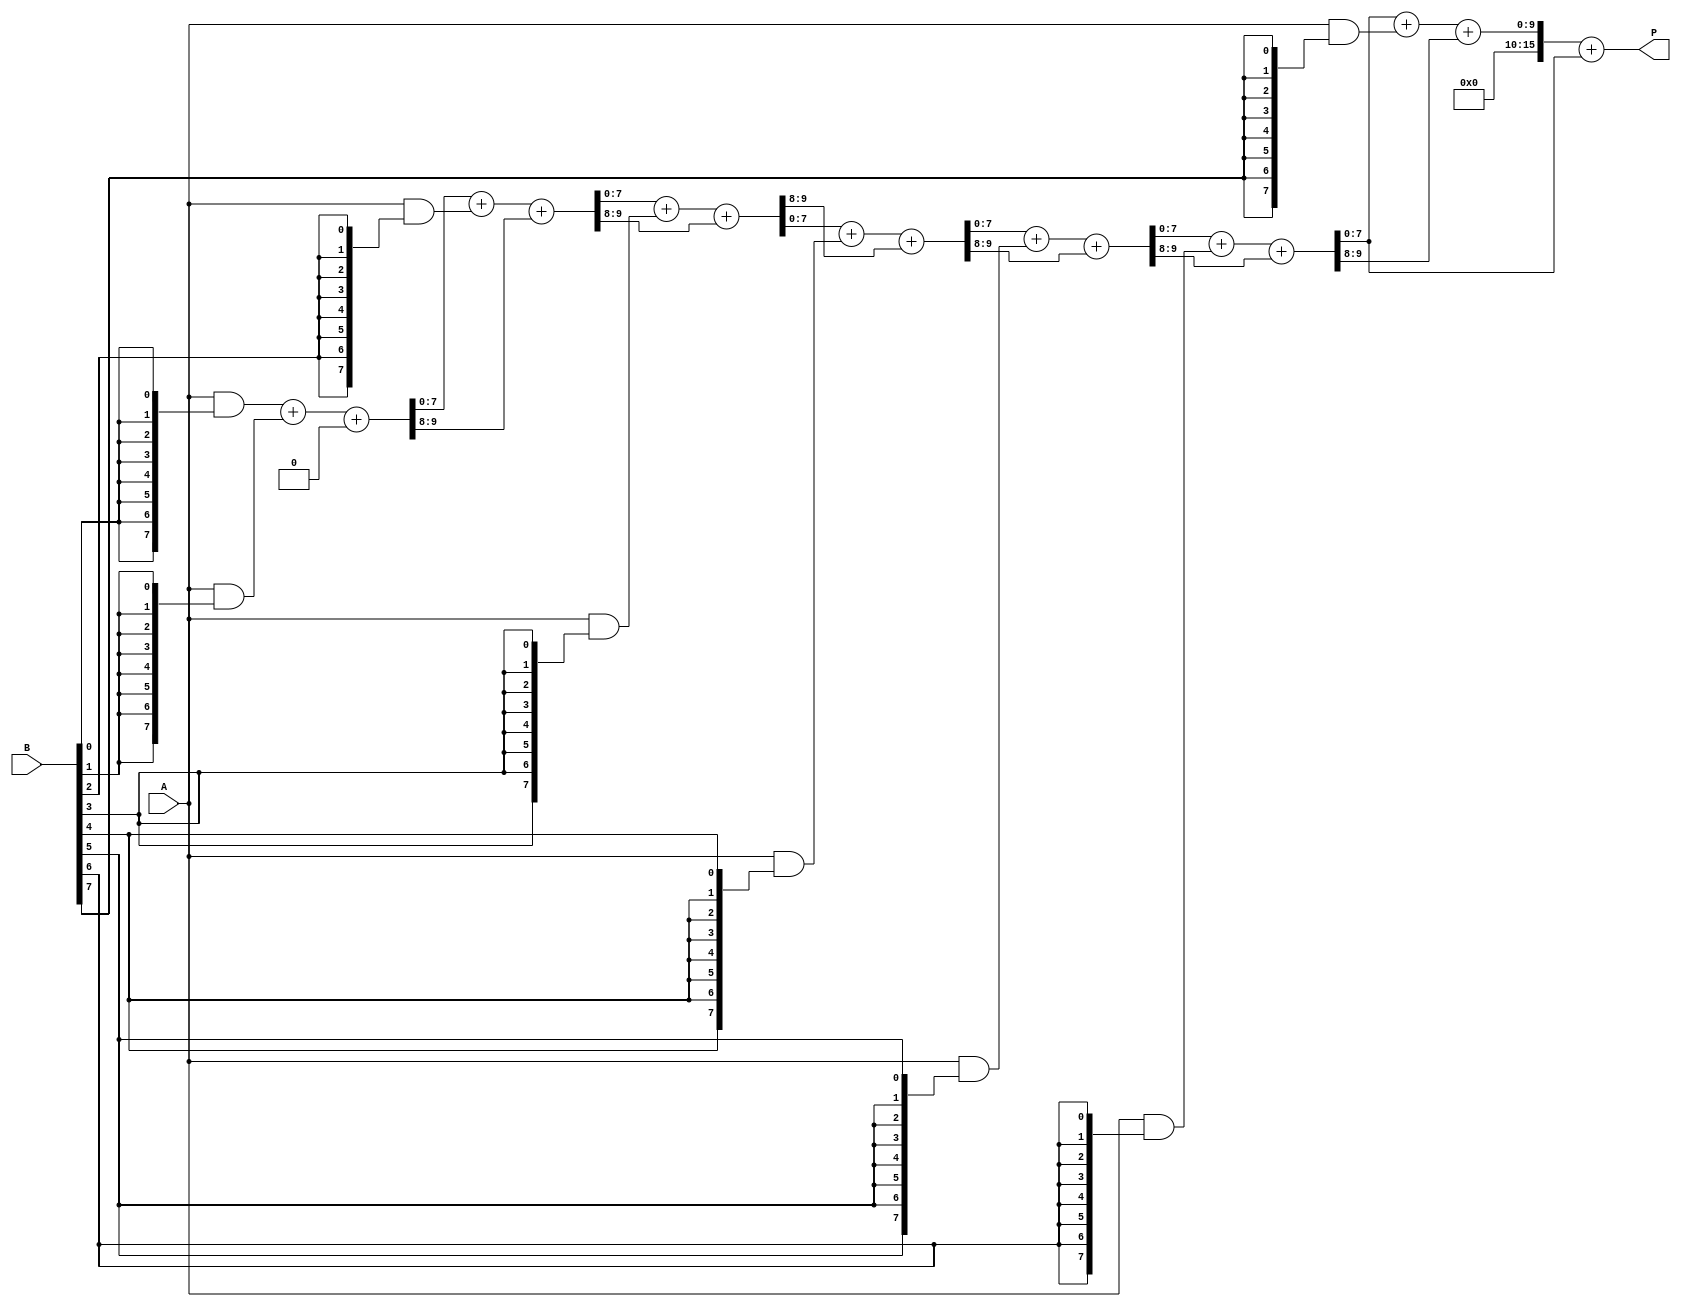
module AdaptiveWallaceTreeMultiplier #(parameter N = 8) (
    input [N-1:0] A,  // First operand
    input [N-1:0] B,  // Second operand
    output reg [2*N-1:0] P  // Product output
);

    // Partial product generation
    wire [N-1:0] pp [0:N-1];  // Partial products
    genvar i, j;
    generate
        for (i = 0; i < N; i = i + 1) begin : gen_partial_products
            assign pp[i] = A & {N{B[i]}};  // ANDing A with each bit of B
        end
    endgenerate

    // Reduction stage using Wallace Tree
    wire [N-1:0] sum [0:N-1];  // Sums of rows
    wire [N-1:0] carry [0:N-1];  // Carries from adders
    wire [N-1:0] final_sum, final_carry;

    // Initial assignment of partial products to first layer
    assign sum[0] = pp[0];
    assign carry[0] = 0;

    // Wallace tree reduction
    generate
        for (j = 0; j < N-1; j = j + 1) begin : reduction_layer
            if (j < N-1) begin
                // Full adder for three inputs
                assign {carry[j+1], sum[j+1]} = sum[j] + pp[j+1] + carry[j];
            end
        end
    endgenerate

    // Final addition of the last two rows
    wire [2*N-1:0] final_sum_full;
    assign final_sum_full = {carry[N-1], sum[N-1]} + {1'b0, sum[N-2]};  // Adding the last two rows

    // Output assignment
    always @(*) begin
        P = final_sum_full;  // Assign the final product
    end

endmodule